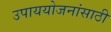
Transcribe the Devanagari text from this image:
उपाययोजनांसाठी